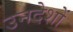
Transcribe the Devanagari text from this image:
उनदेशों